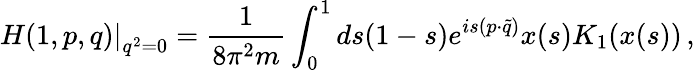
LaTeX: \left.H(1,p,q)\right|_{q^{2}=0}=\frac{1}{8\pi^{2}m}\int_{0}^{1}ds(1-s)e^{is(p\cdot\tilde{q})}x(s)K_{1}(x(s))\, ,